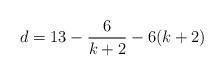
LaTeX: \begin{align*} d = 13 -\frac{6}{k+2} - 6(k+2)\end{align*}